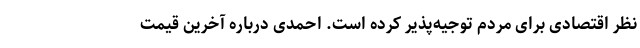
نظر اقتصادی برای مردم توجیه‌پذیر کرده است. احمدی درباره آخرین قیمت